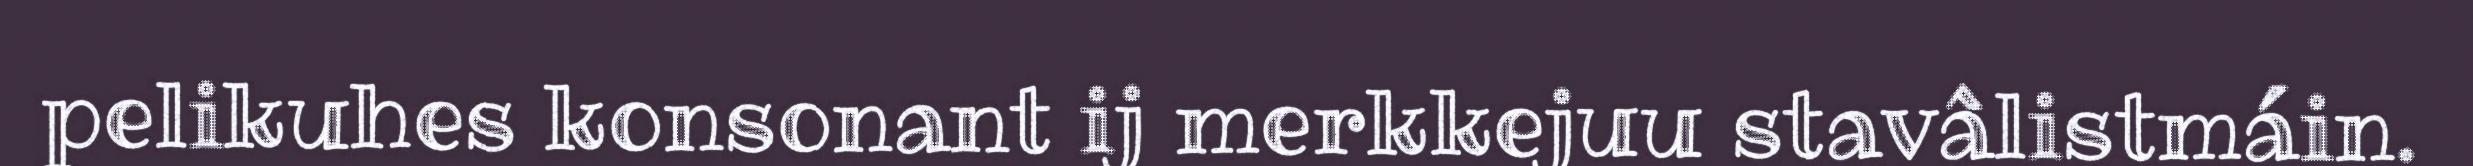
pelikuhes konsonant ij merkkejuu stavâlistmáin.